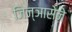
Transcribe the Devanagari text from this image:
जिज्ञासेने